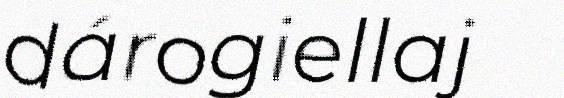
dárogiellaj